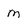
Character: M